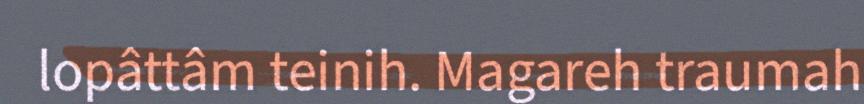
lopâttâm teinih. Magareh traumah